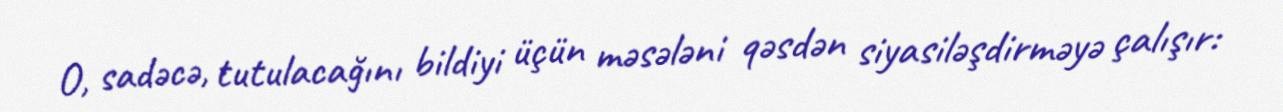
O, sadəcə, tutulacağını bildiyi üçün məsələni qəsdən siyasiləşdirməyə çalışır: